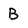
Character: B